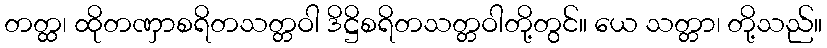
တတ္ထ၊ ထိုတဏှာစရိတသတ္တဝါ ဒိဋ္ဌိစရိတသတ္တဝါတို့တွင်။ ယေ သတ္တာ၊ တို့သည်။